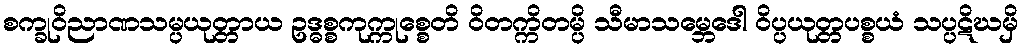
စက္ခုဝိညာဏသမ္ပယုတ္တာယ ဥဒ္ဓစ္စကုက္ကုစ္စေတိ ဝိတက္ကိတမ္ပိ သီမာသမ္ဘေဒေါ ဝိပ္ပယုတ္တပစ္စယံ သပ္ပဋိဃမှိ